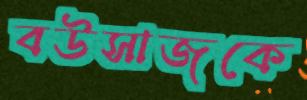
বউসাজকে